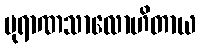
ပုရာဏသာလောဟိတာယ